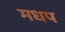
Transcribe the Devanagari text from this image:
मधप